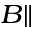
_ { B \parallel }